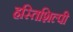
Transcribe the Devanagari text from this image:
हस्तिशिल्पी